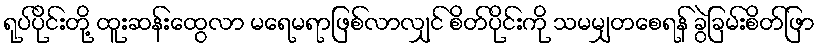
ရုပ်ပိုင်းတို့ ထူးဆန်းထွေလာ မရေမရာဖြစ်လာလျှင် စိတ်ပိုင်းကို သမမျှတစေရန် ခွဲခြမ်းစိတ်ဖြာ